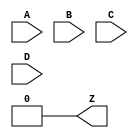
module LUT4 #(
	parameter [15:0] INIT = 0
) (
	input A, B, C, D,
	output Z
);
	// This form of LUT propagates as few x's as possible.
	wire [7:0] s3 = D ?     INIT[15:8] :     INIT[7:0];
	wire [3:0] s2 = C ?       s3[ 7:4] :       s3[3:0];
	wire [1:0] s1 = B ?       s2[ 3:2] :       s2[1:0];
	assign Z =      A ?          s1[1] :         s1[0];
endmodule